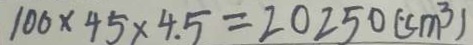
1 0 0 \times 4 5 \times 4 . 5 = 2 0 2 5 0 ( c m ^ { 3 } )